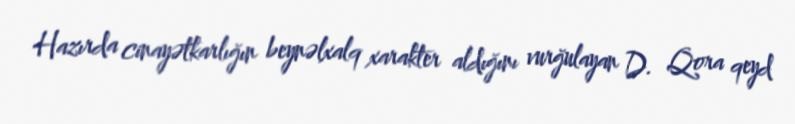
Hazırda cinayətkarlığın beynəlxalq xarakter aldığını vurğulayan D. Qora qeyd